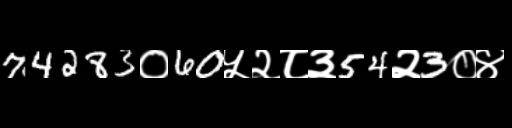
Text: 74283०60५२८३54२3०४